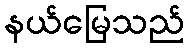
နယ်မြေသည်